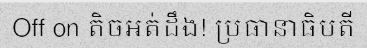
Off on តិចអត់ដឹង! ប្រធានាធិបតី